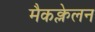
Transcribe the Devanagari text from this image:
मैकक्लेलन